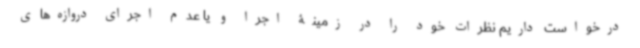
درخواست داریم نظرات خود را در زمینۀ اجرا و یا عدم اجرای دروازه‌های